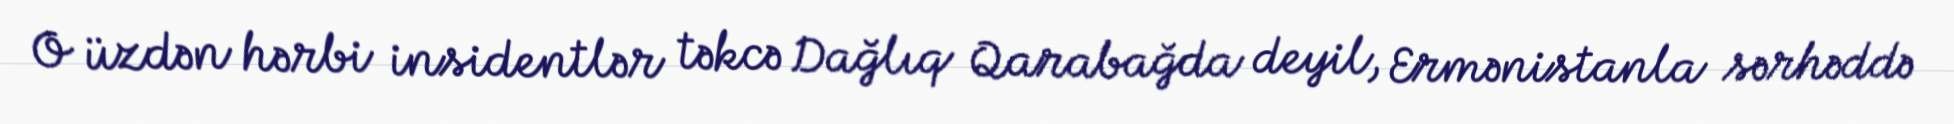
O üzdən hərbi insidentlər təkcə Dağlıq Qarabağda deyil, Ermənistanla sərhəddə